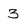
Character: 3